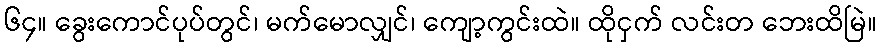
၆၄။ ခွေးကောင်ပုပ်တွင်၊ မက်မောလျှင်၊ ကျော့ကွင်းထဲ။ ထိုငှက် လင်းတ ဘေးထိမြဲ။